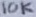
Text: 10K